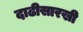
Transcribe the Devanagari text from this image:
दाढीसारखी